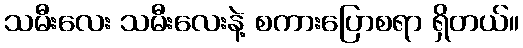
သမီးလေး သမီးလေးနဲ့ စကားပြောစရာ ရှိတယ်။